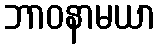
ဘာဝနာမယာ